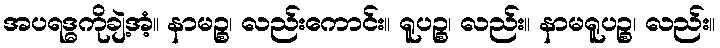
အပရဒ္ဓကိုချဲ့အံ့။ နာမဉ္စ၊ လည်းကောင်း။ ရူပဉ္စ၊ လည်း။ နာမရူပဉ္စ၊ လည်း။